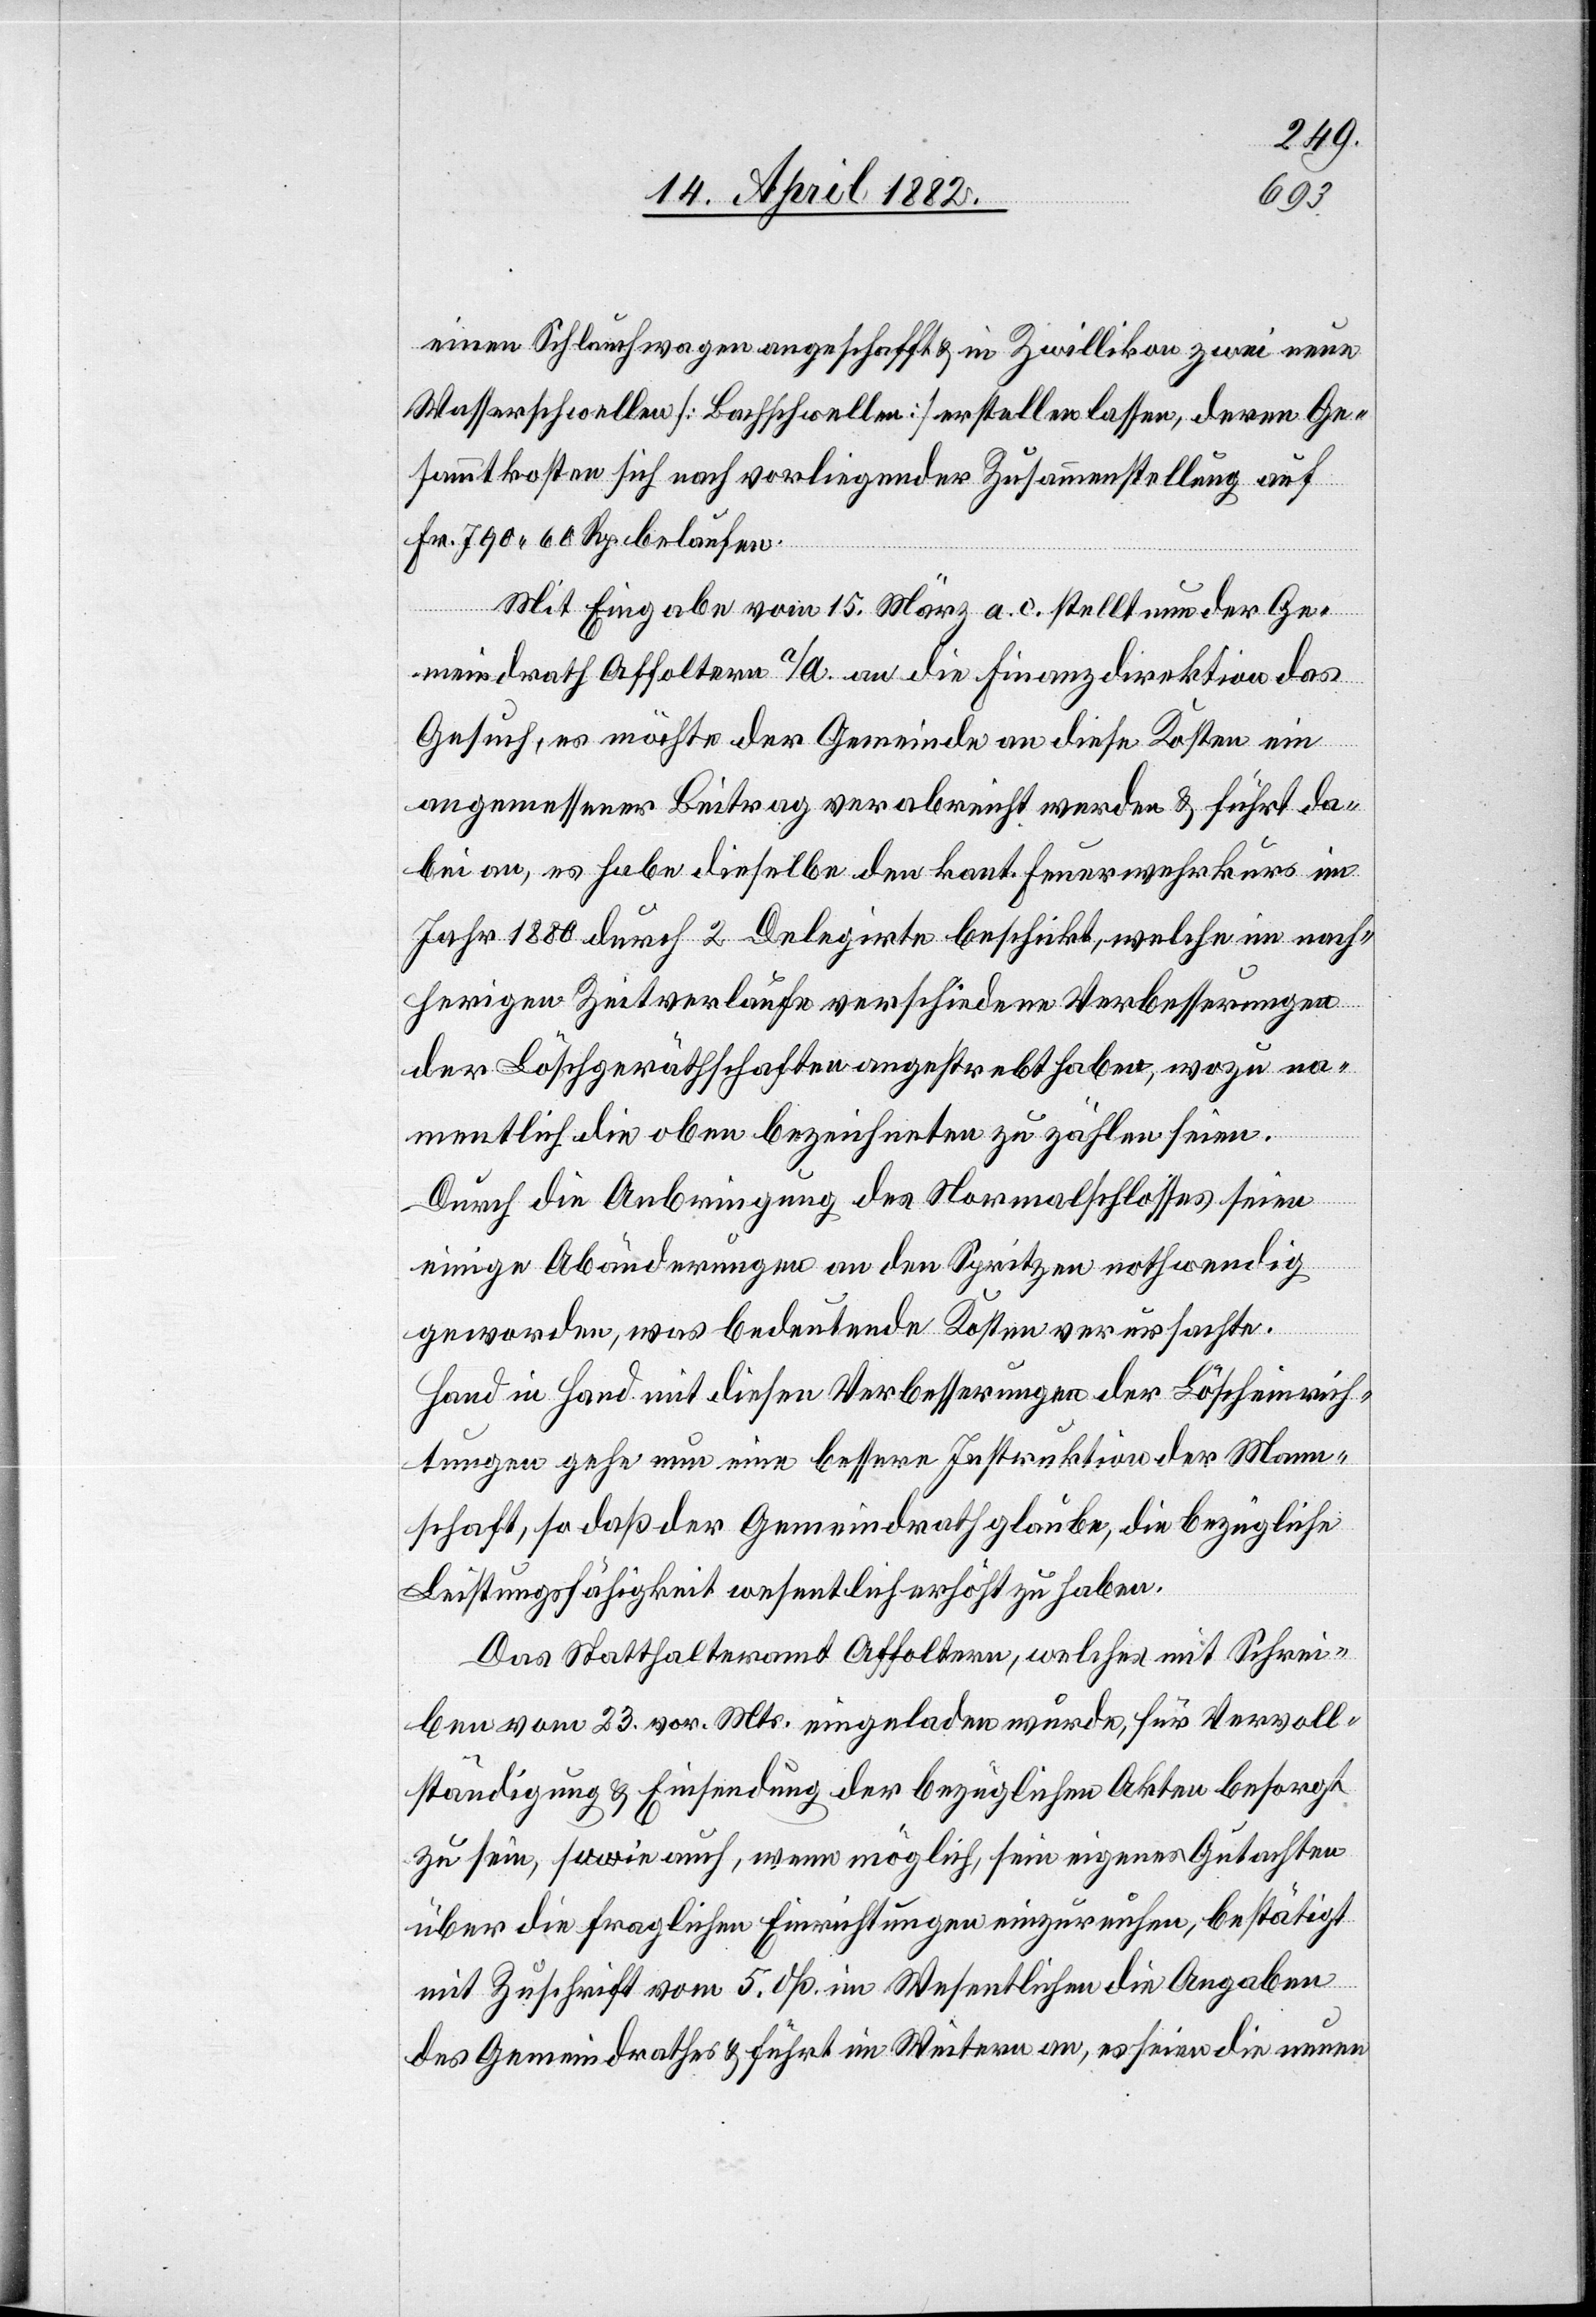
einen Schlauchwagen angeschafft & in Zwillikon zwei neue
Wasserschwellen [Bachschwellen] erstellen lassen, deren Ge¬
sammtkosten sich nach vorliegender Zusammenstellung auf
Fr. 790 60 Rp. belaufen.
Mit Eingabe vom 15. März a. c. stellt nun der Ge¬
meindrath Affoltern a/A. an die Finanzdirektion das
Gesuch, es möchte der Gemeinde an diese Kosten ein
angemessener Beitrag verabreicht werden & führt da¬
bei an, es habe dieselbe den kant. Feuerwehrkurs im
Jahr 1880 durch 2 Delegirte beschickt, welche im nach¬
herigen Zeitverlaufe verschiedene Verbesserungen
der Löschgeräthschaften angestrebt haben, wozu na¬
mentlich die oben bezeichneten zu zählen seien.
Durch die Anbringung des Normalschlosses seien
einige Abänderungen an den Spritzen nothwendig
geworden, was bedeutende Kosten verursachte.
Hand in Hand mit diesen Verbesserungen der Löscheinrich¬
tungen gehe nun eine bessere Instruktion der Mann¬
schaft, so daß der Gemeindrath glaube, die bezügliche
Leistungsfähigkeit wesentlich erhöht zu haben.
Das Statthalteramt Affoltern, welches mit Schrei¬
ben vom 23. vor. Mts. eingeladen wurde, für Vervoll¬
ständigung & Einsendung der bezüglichen Akten besorgt
zu sein, sowie auch, wenn möglich, sein eigenes Gutachten
über die fraglichen Einrichtungen einzureichen, bestätigt
mit Zuschrift vom 5. dß. im Wesentlichen die Angaben
des Gemeindrathes & führt im Weitern an, es seien die neuen